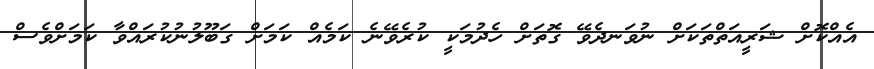
އެއްކޮށް ޝަރީއަތްތަކަށް ނުވަނދެވޭ ގޮތަށް ހެދުމަކީ ކުރެވޭނެ ކަމެއް ކަމަށް ގަބޫލުނުކުރައްވާ ކަމަށްވެސް